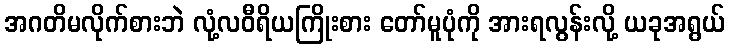
အဂတိမလိုက်စားဘဲ လုံ့လဝီရိယကြိုးစား တော်မူပုံကို အားရလွန်းလို့ ယခုအရွယ်